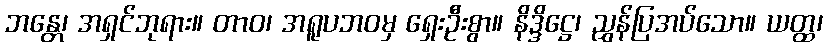
ဘန္တေ၊ အရှင်ဘုရား။ တာဝ၊ အရူပဘဝမှ ရှေးဦးစွာ။ နိဒ္ဒိဋ္ဌေ၊ ညွှန်ပြအပ်သော။ ယတ္ထ၊